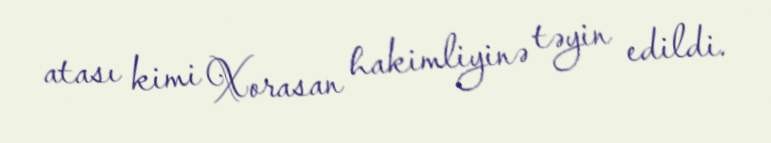
atası kimi Xorasan hakimliyinə təyin edildi.